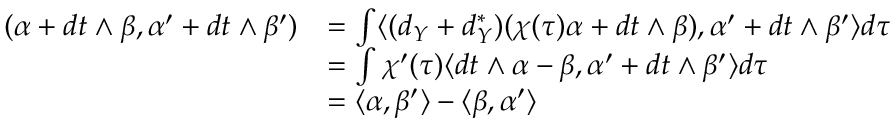
\begin{array} { r l } { ( \alpha + d t \wedge \beta , \alpha ^ { \prime } + d t \wedge \beta ^ { \prime } ) } & { = \int \langle ( d _ { Y } + d _ { Y } ^ { * } ) ( \chi ( \tau ) \alpha + d t \wedge \beta ) , \alpha ^ { \prime } + d t \wedge \beta ^ { \prime } \rangle d \tau } \\ & { = \int \chi ^ { \prime } ( \tau ) \langle d t \wedge \alpha - \beta , \alpha ^ { \prime } + d t \wedge \beta ^ { \prime } \rangle d \tau } \\ & { = \langle \alpha , \beta ^ { \prime } \rangle - \langle \beta , \alpha ^ { \prime } \rangle } \end{array}